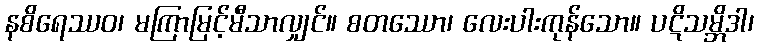
နစိရေဿဝ၊ မကြာမြင့်မီသာလျှင်။ စတဿော၊ လေးပါးကုန်သော။ ပဋိသမ္ဘိဒါ၊